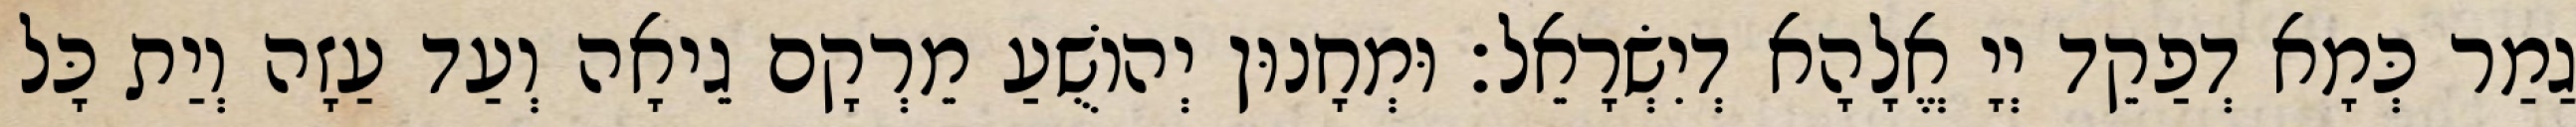
גַמַר כְּמָא דְפַקֵד יְיָ אֱלָהָא דְיִשְׂרָאֵל׃ וּמְחָנוּן יְהוֹשֻׁעַ מֵרְקָם גֵיאָה וְעַד עַזָה וְיַת כָּל